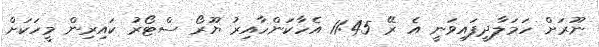
ނޫރަށް ހަމަލާދީފައިވަނީ އެ ރޭ 11:45 އެހާކަންހާއިރު ޔޫރޯ ސްޓޯރު ކައިރިން މީހަކަށް